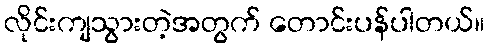
လိုင်းကျသွားတဲ့အတွက် တောင်းပန်ပါတယ်။